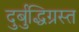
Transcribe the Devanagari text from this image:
दुर्बुद्धिग्रस्त